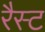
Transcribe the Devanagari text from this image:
रैस्ट